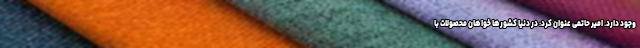
وجود دارد. امیر حاتمی عنوان کرد: در دنیا کشورها خواهان محصولات با